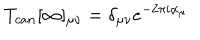
LaTeX: T _ { c a n } [ \infty ] _ { \mu \nu } = \delta _ { \mu \nu } e ^ { - 2 \pi i \alpha _ { \mu } }